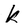
Character: k